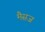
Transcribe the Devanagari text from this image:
मैसज